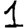
Digit: 1